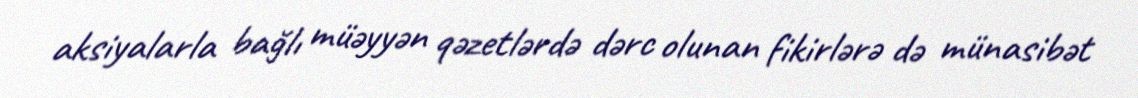
aksiyalarla bağlı müəyyən qəzetlərdə dərc olunan fikirlərə də münasibət